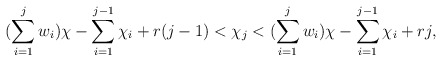
\begin{align*}(\sum\limits_{i=1}^j w_i)\chi - \sum\limits_{i=1}^{j-1}\chi_i + r(j-1) < \chi_j < (\sum\limits_{i=1}^j w_i)\chi - \sum\limits_{i=1}^{j-1}\chi_i + rj,\end{align*}